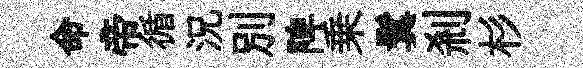
命帝循況别陴乗鬂剎杉